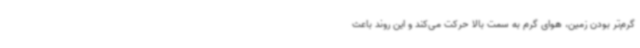
گرم‌تر بودن زمین، هوای گرم به سمت بالا حرکت می‌کند و این روند باعث